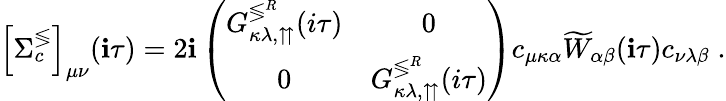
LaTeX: \left[\Sigma_{c}^{\lessgtr}\right]_{\mu\nu}(\mathbf{i}\tau)=2\mathbf{i}\left(\begin{array}{cc}{G_{\kappa\lambda,\upuparrows}^{\lessgtr^{R}}(i\tau)}&{0}\\ {0}&{G_{\kappa\lambda,\upuparrows}^{\lessgtr^{R}}(i\tau)}\end{array}\right)c_{\mu\kappa\alpha}\widetilde{{W}}_{\alpha\beta}(\mathbf{i}\tau)c_{\nu\lambda\beta}\; .